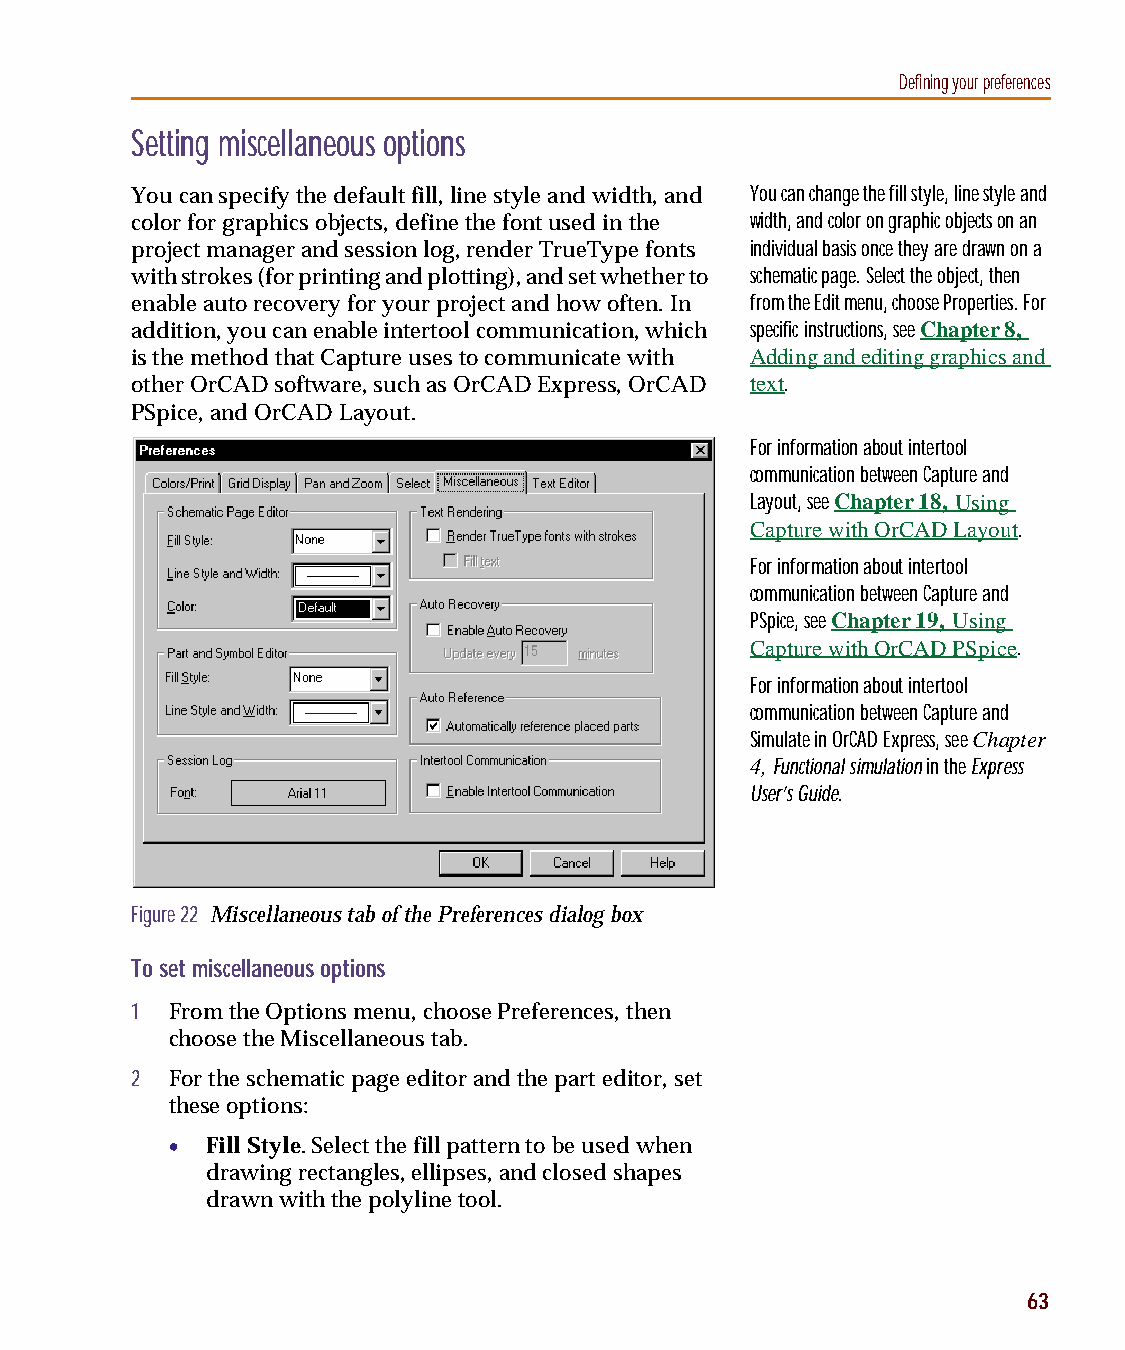
capug.book Page 63 Thursday, November 12, 1998 3:38 PM
 Defining your preferences
 Setting miscellaneous options
 You can specify the default fill, line style and width, and You can change the fill style, line style and
 color for graphics objects, define the font used in the width, and color on graphic objects on an
 project manager and session log, render TrueType fonts individual basis once they are drawn on a
 with strokes (for printing and plotting), and set whether to schematic page. Select the object, then
 enable auto recovery for your project and how often. In from the Edit menu, choose Properties. For
 addition, you can enable intertool communication, which specific instructions, see Chapter 8,
 is the method that Capture uses to communicate with Adding and editing graphics and
 other OrCAD software, such as OrCAD Express, OrCAD text.
 PSpice, and OrCAD Layout.
 For information about intertool
 communication between Capture and
 Layout, see Chapter 18, Using
 Capture with OrCADLayout.
 For information about intertool
 communication between Capture and
 PSpice, see Chapter 19, Using
 Capture with OrCADPSpice.
 For information about intertool
 communication between Capture and
 Simulate in OrCAD Express, see Chapter
 4, Functional simulation in the Express
 User’s Guide.
 Figure 22 Miscellaneous tab of the Preferences dialog box
 To set miscellaneous options
 1 From the Options menu, choose Preferences, then
 choose the Miscellaneous tab.
 2 For the schematic page editor and the part editor, set
 these options:
 •  Fill Style. Select the fill pattern to be used when
 drawing rectangles, ellipses, and closed shapes
 drawn with the polyline tool.
 63